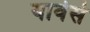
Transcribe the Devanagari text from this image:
यावेसे